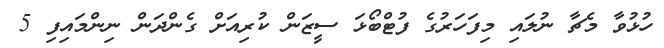
ހުޅުވާ މެޗާ ނުލައި މިފަހަރުގެ ފުޓްބޯޅަ ސީޒަން ކުރިއަށް ގެންދަން ނިންމައިފި 5